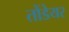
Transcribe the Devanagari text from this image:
तोंडेयर